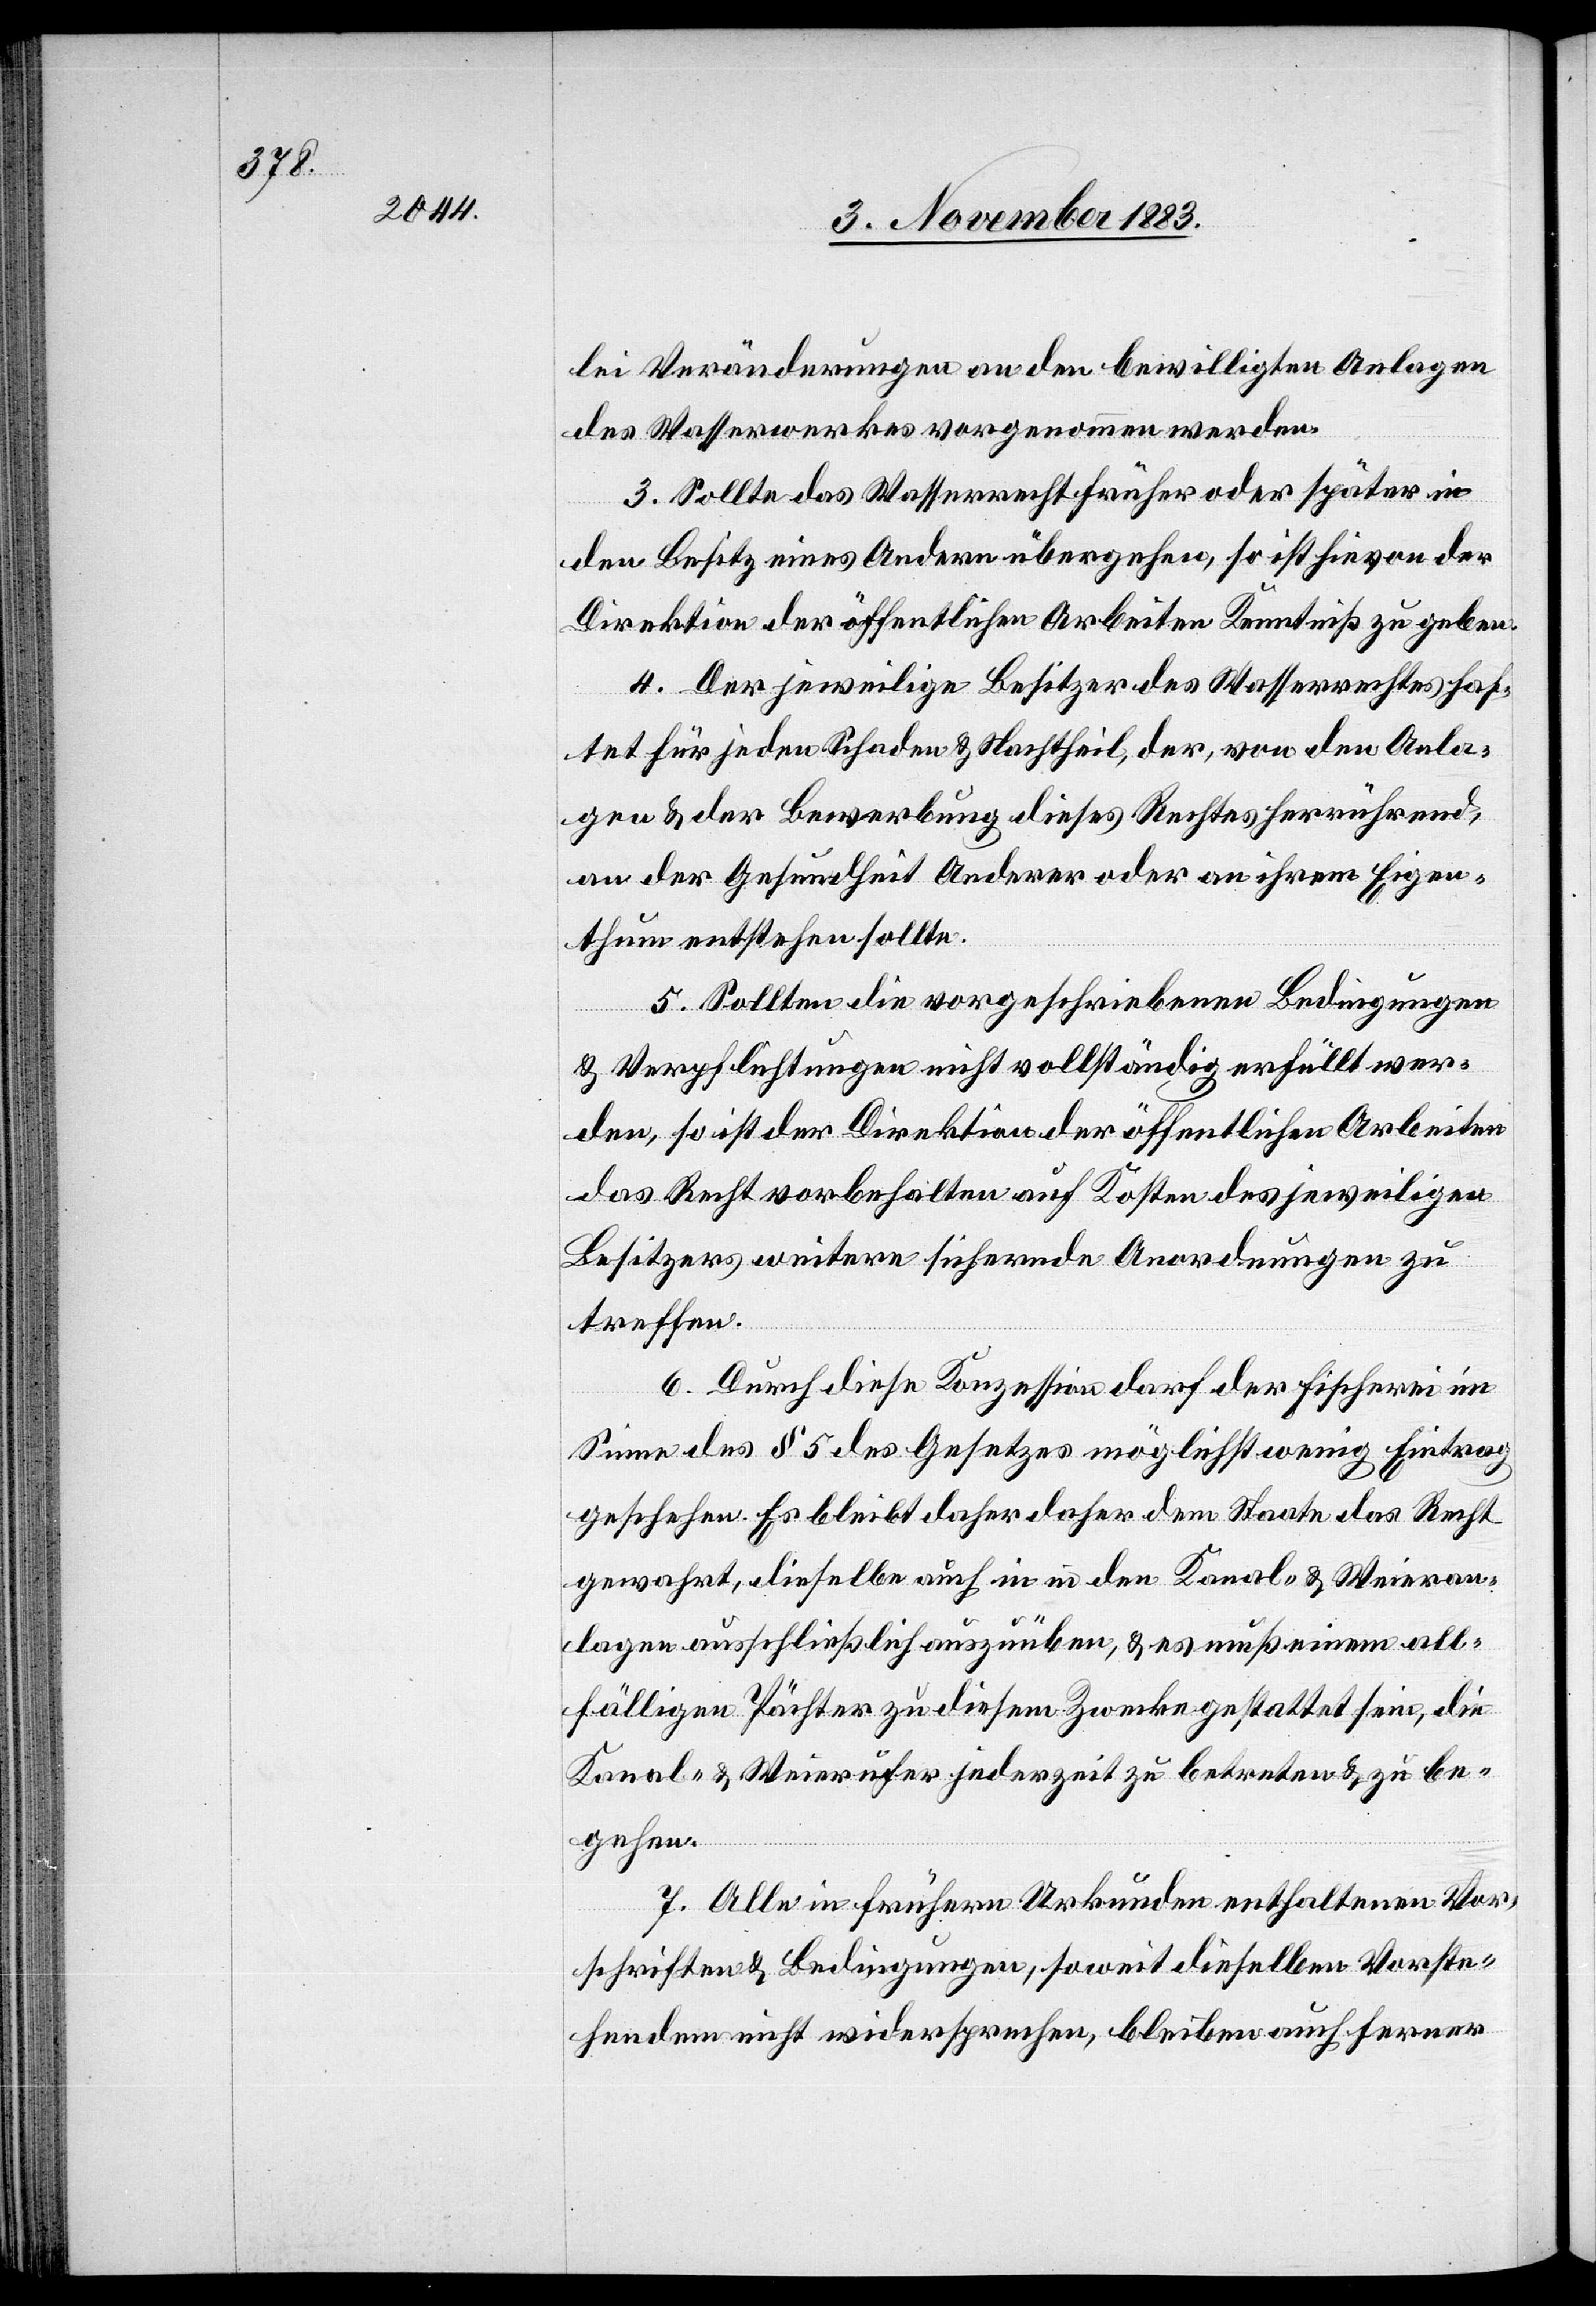
lei Veränderungen an den bewilligten Anlagen
des Wasserwerkes vorgenommen werden.
3. Sollte das Wasserrecht früher oder später in
den Besitz eines Andern übergehen, so ist hievon der
Direktion der öffentlichen Arbeiten Kenntniß zu geben.
4. Der jeweilige Besitzer des Wasserrechtes haf¬
tet für jeden Schaden & Nachtheil, der, von den Anla¬
gen & der Bewerbung dieses Rechtes herrührend,
an der Gesundheit Anderer oder an ihrem Eigen¬
thum entstehen sollte.
5. Sollten die vorgeschriebenen Bedingungen
& Verpflichtungen nicht vollständig erfüllt wer¬
den, so ist der Direktion der öffentlichen Arbeiten
das Recht vorbehalten auf Kosten des jeweiligen
Besitzers weitere sichernde Anordnungen zu
treffen.
6. Durch diese Konzession darf der Fischerei im
Sinne des § 5 des Gesetzes möglichst wenig Eintrag
geschehen. Es bleibt daher daher [sic!] dem Staate das Recht
gewahrt, dieselbe auch in in [sic!] den Kanal- & Weieran¬
lagen ausschließlich auszuüben, & es muß einem all¬
fälligen Pächter zu diesem Zwecke gestattet sein, die
Kanal- & Weierufer jederzeit zu betreten & zu be¬
gehen.
7. Alle in frühern Urkunden enthaltenen Vor¬
schriften & Bedingungen, soweit dieselben Vorste¬
hendem nicht widersprechen, bleiben auch ferner